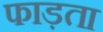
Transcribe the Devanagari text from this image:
फाड़ता